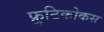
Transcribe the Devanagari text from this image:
फ्रुटिकोकस